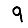
Digit: 9